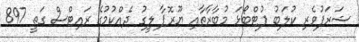
ޝަރަފުވެރި ކުލަބު ފުޓްބޯޅަ މުބާރާތާއި ޔޫރޮޕާ ލީގު ދެއްކުމުގެ ރައިޓްސް ގަތީ 897